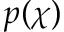
p ( \chi )